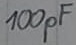
Text: 100pF